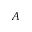
A